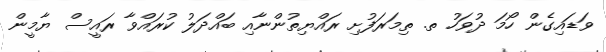
ވަޑައިގެން ހޯމަ ދުވަހު ތ. ތިމަރަފުށި ރައްޔިތުންނާއި ބައްދަލު ކުރައްވާ ރައީސް ޔާމީން